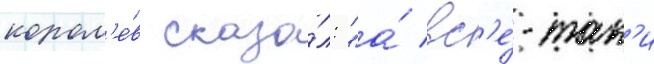
корол'е́в сказа́л: "а́ вс'е́-так'и